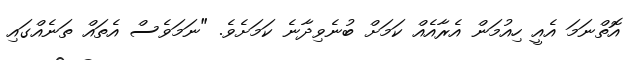
އޮތްނަމަ އެއީ ހިއުމަން އެރާއެއް ކަމަށް ބުނެވިދާނެ ކަމަށެވެ. "ނަމަވެސް އެތައް ތަނެއްގައި